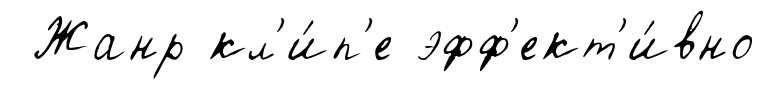
Жанр кл'и́п'е эфф'ект'и́вно